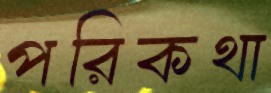
পরিকথা